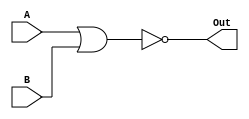
		//NOR gate
module NOR_gate(A, B, Out); 
  input [31:0] A;
  input [31:0] B;
  output [31:0] Out;
  assign Out = ~(A | B);
endmodule